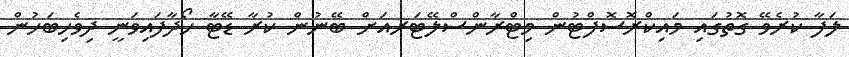
ލަފާ ކުރެވޭ ގޮތުގައި މައިކްރޮސޮފްޓުން މިޓްރާންސްލޭޓަރއަށް ބޭނުން ކުރާ ޑޭޓާ ހޯދާފައިވަނީ ދިވެހިބަހުން